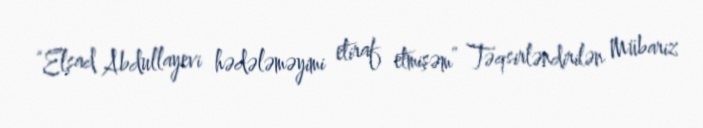
“Elşad Abdullayevi hədələməyimi etiraf etmişəm” Təqsirləndirilən Mübariz